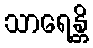
သာရေန္တိ